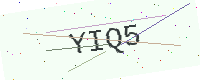
Text: YIQ5